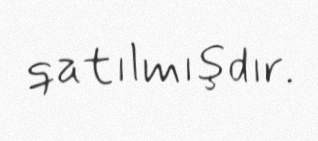
qatılmışdır.